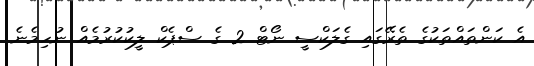
އެ ކަންތައްތަކުގެ ތެރޭގައި ގެލަކްސީ ނޯޓް 2 ގެ ސްޕެކް ލީކުކުރުމެއް ނުހިމެނެ